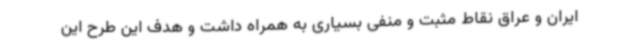
ایران و عراق نقاط مثبت و منفی بسیاری به همراه داشت و هدف این طرح این